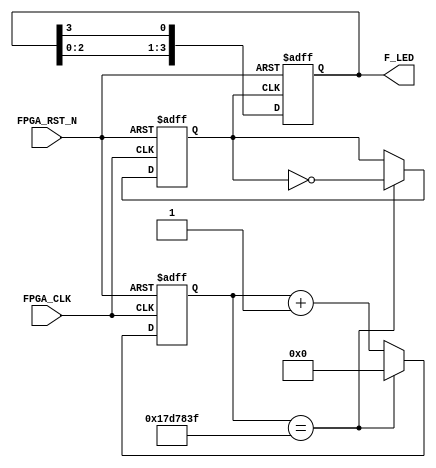
module LED_blink_step (

    input FPGA_CLK,
    input FPGA_RST_N,

    output[4:1] F_LED
);

reg[4:1]    F_LED;
reg[24:0]   cnt;
reg         clk_led;

always@(posedge FPGA_CLK or negedge FPGA_RST_N) begin
    if (!FPGA_RST_N) begin
        clk_led <= 1'b0;
        cnt <= 25'd0;
    end
    else begin
        if (cnt == 25'd2499_9999) begin
            clk_led <= ~clk_led;
            cnt <= 25'd0;
        end
        else begin
            cnt <= cnt + 25'd1;
        end
    end
end

always@(posedge clk_led or negedge FPGA_RST_N) begin
    if(!FPGA_RST_N) begin
        F_LED <= 4'h1;
    end
    else begin
        F_LED <= {F_LED[3:1],F_LED[4]};
    end
end
endmodule